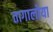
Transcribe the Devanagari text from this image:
तागालोया